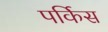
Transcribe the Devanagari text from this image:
पर्किस